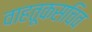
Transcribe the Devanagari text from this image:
वाहतूकसचिव